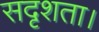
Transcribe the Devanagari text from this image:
सदृशता।